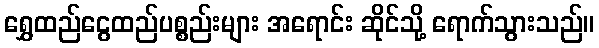
ရွှေထည်ငွေထည်ပစ္စည်းများ အရောင်း ဆိုင်သို့ ရောက်သွားသည်။